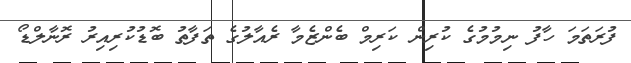
ފުރަތަމަ ހާފު ނިމުމުގެ ކުރިން ކަރިމް ބެންޒެމާ ރެއާލުގެ ތަފާތު ބޮޑުކުރިއިރު ރޮނާލްޑޯ